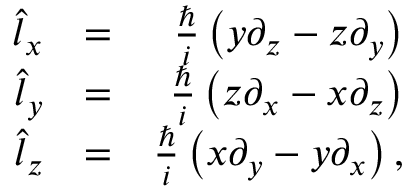
\begin{array} { r l r } { \hat { l } _ { x } } & { = } & { \frac { \hbar } { i } \left( y \partial _ { z } - z \partial _ { y } \right) } \\ { \hat { l } _ { y } } & { = } & { \frac { \hbar } { i } \left( z \partial _ { x } - x \partial _ { z } \right) } \\ { \hat { l } _ { z } } & { = } & { \frac { \hbar } { i } \left( x \partial _ { y } - y \partial _ { x } \right) , } \end{array}